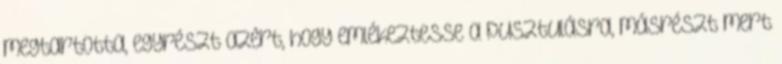
megtartotta, egyrészt azért, hogy emlékeztesse a pusztulásra, másrészt mert